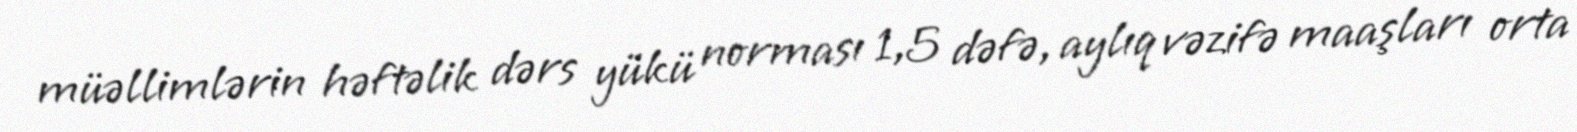
müəllimlərin həftəlik dərs yükü norması 1,5 dəfə, aylıq vəzifə maaşları orta